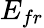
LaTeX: E_{fr}